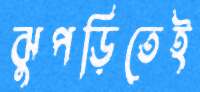
ঝুপড়িতেই